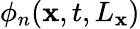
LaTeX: \phi_{n}(\mathbf{x},t,L_{\mathbf{x}})